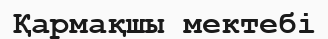
Қармақшы мектебі